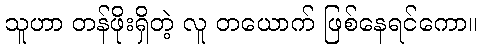
သူဟာ တန်ဖိုးရှိတဲ့ လူ တယောက် ဖြစ်နေရင်ကော။